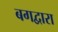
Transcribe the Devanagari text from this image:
बगद्वारा